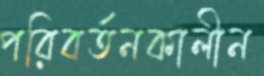
পরিবর্তনকালীন